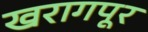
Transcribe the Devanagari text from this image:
खरागपूर